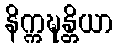
နိက္ကဍ္ဎန္တိယာ